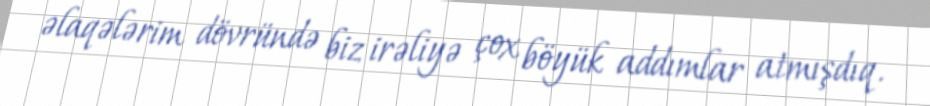
əlaqələrim dövründə biz irəliyə çox böyük addımlar atmışdıq.